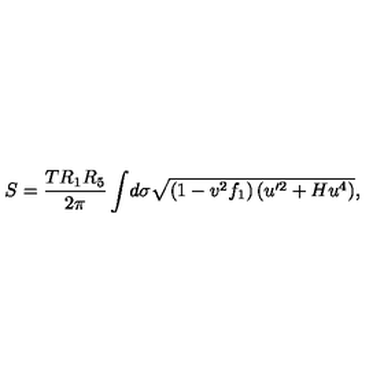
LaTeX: S = \frac { T R _ { 1 } R _ { 5 } } { 2 \pi } \int \! d \sigma \sqrt { ( 1 - v ^ { 2 } f _ { 1 } ) \left( u ^ { \prime 2 } + H u ^ { 4 } \right) } ,